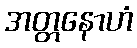
အတ္တနောဟံ